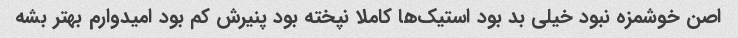
اصن خوشمزه نبود خیلی بد بود استیک‌ها کاملا نپخته بود پنیرش کم بود امیدوارم بهتر بشه